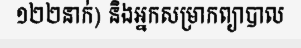
១២២នាក់) និងអ្នកសម្រាកព្យាបាល